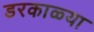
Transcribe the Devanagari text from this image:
डरकाळ्या